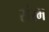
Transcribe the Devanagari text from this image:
संरभ